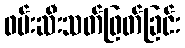
ဖမ်းဆီးသတ်ဖြတ်ခြင်း